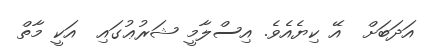
އަދަބަށް  އޭ ކިޔެއެވެ. އިސްލާމީ ޝަރުޢުގައި  އަކީ މާތް